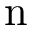
\mathrm { n }